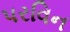
પરવિન